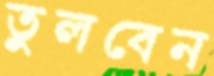
তুলবেন